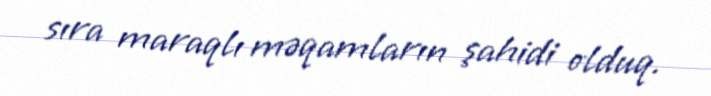
sıra maraqlı məqamların şahidi olduq.